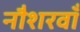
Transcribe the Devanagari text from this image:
नौशरवाँ